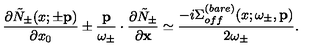
\frac { \partial \tilde { N } _ { \pm } ( x ; \pm { \bf p } ) } { \partial x _ { 0 } } \pm \frac { { \bf p } } { \omega _ { \pm } } \cdot \frac { \partial \tilde { N } _ { \pm } } { \partial { \bf x } } \simeq \frac { - i \Sigma _ { o f f } ^ { ( b a r e ) } ( x ; \omega _ { \pm } , { \bf p } ) } { 2 \omega _ { \pm } } .